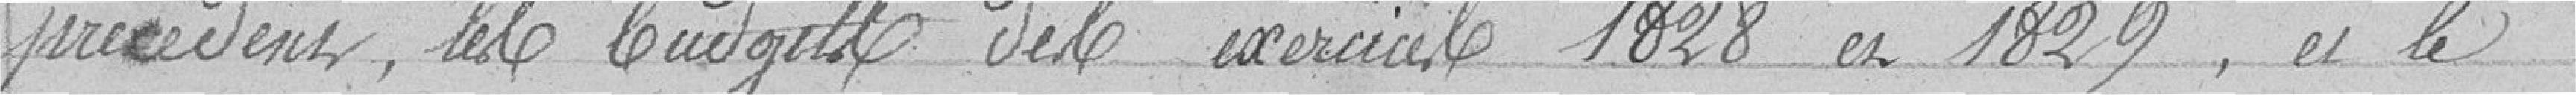
précédent, les budgets des exercices 1828 et 1829, et le